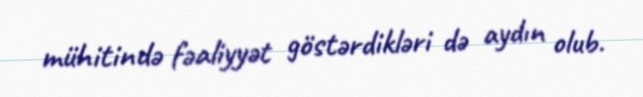
mühitində fəaliyyət göstərdikləri də aydın olub.